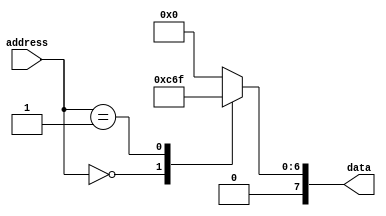
module rom(address,data);
input [7:0] address;
output reg[7:0] data;
always @*
	case (address)
		8'b00000000: data = 8'b00011000; 
		8'b00000001: data = 8'b01101111;
		default: data = 8'b00000000;
	endcase
endmodule